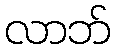
လာဘ်